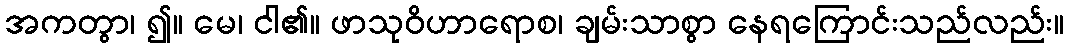
အကတွာ၊ ၍။ မေ၊ ငါ၏။ ဖာသုဝိဟာရောစ၊ ချမ်းသာစွာ နေရကြောင်းသည်လည်း။